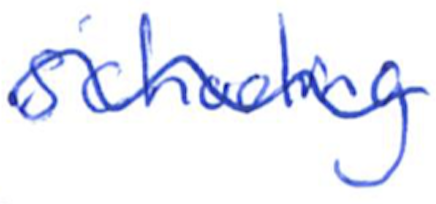
Text: schooling
Cross-out: wave
Writing tool: ballpoint